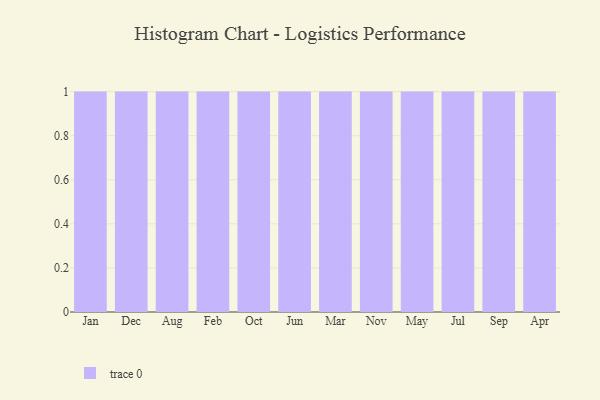
{"axis": {"x": "Month", "y": "Active Users"}, "legend": [""], "data": [{"x": "Jan", "y": 29, "type": ""}, {"x": "Dec", "y": 53, "type": ""}, {"x": "Aug", "y": 93, "type": ""}, {"x": "Feb", "y": 74, "type": ""}, {"x": "Oct", "y": 58, "type": ""}, {"x": "Jun", "y": 2, "type": ""}, {"x": "Mar", "y": 25, "type": ""}, {"x": "Nov", "y": 94, "type": ""}, {"x": "May", "y": 15, "type": ""}, {"x": "Jul", "y": 44, "type": ""}, {"x": "Sep", "y": 43, "type": ""}, {"x": "Apr", "y": 26, "type": ""}]}